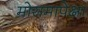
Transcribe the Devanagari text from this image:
मोसमापेक्षा